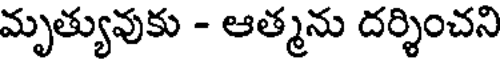
మృత్యువుకు - ఆత్మను దర్శించని